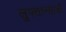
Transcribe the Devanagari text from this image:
लुफ्तान्साची